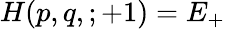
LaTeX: H(p,q,;+1)=E_{+}